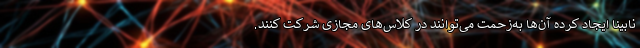
نابینا ایجاد کرده آن‌ها به‌زحمت می‌توانند در کلاس‌های مجازی شرکت کنند.